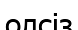
олсіз